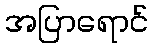
အပြာရောင်